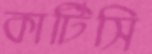
কার্টিসি